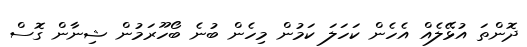
ދޮންތަ އުޅޭލެއް އެހެން ކަހަލަ ކަމުން މިހެން ބުނެ ބޯހޫރަމުން ޝިނާން ގޮސް